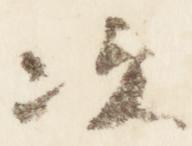
次